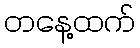
တနေ့ထက်